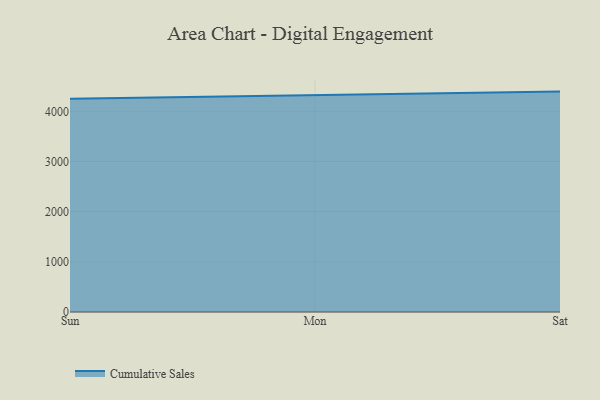
{"axis": {"x": "Day", "y": "Waste Production (Tons)"}, "legend": ["Cumulative Sales"], "data": [{"x": "Sun", "y": 4251.1, "type": "Cumulative Sales"}, {"x": "Mon", "y": 4328.0, "type": "Cumulative Sales"}, {"x": "Sat", "y": 4392.7, "type": "Cumulative Sales"}]}